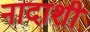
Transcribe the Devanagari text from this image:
नादाशी